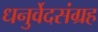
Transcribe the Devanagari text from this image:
धनुर्वेदसंग्रह